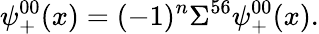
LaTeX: \psi_{+}^{00}(x)=(-1)^{n}\Sigma^{56}\psi_{+}^{00}(x).